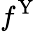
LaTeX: f^{\mathrm{Y}}